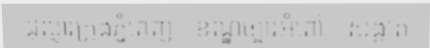
ដុល្លារក្រុងភ្នំពេញ - ខណ្ឌច្បារអំពៅ - សង្កាត់